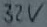
Text: 32V